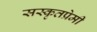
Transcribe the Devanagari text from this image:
सस्कृतप्रेमी